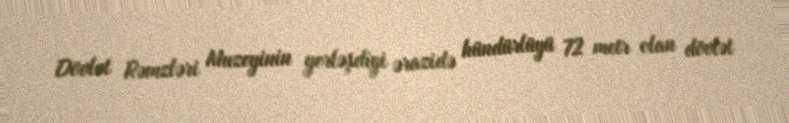
Dövlət Rəmzləri Muzeyinin yerləşdiyi ərazidə hündürlüyü 72 metr olan dövlət